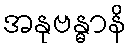
အနုဗန္ဓာနိ